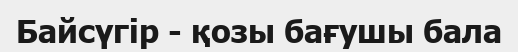
Байсүгір - қозы бағушы бала